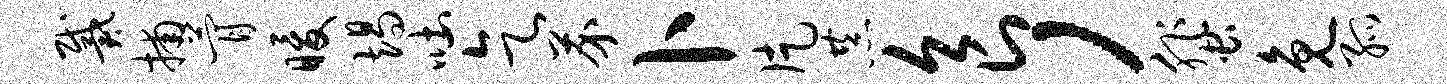
戴捕瞢暖竭吐乞芥卜片恭食，蜚免孤